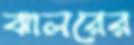
ঝালরের